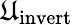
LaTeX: \mathfrak{U}_{\mathrm{{invert}}}